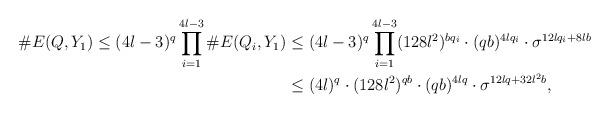
LaTeX: \begin{align*}\#E(Q,Y_1)\le (4l-3)^q\prod_{i=1}^{4l-3}\#E(Q_i, Y_1)&\le(4l-3)^q\prod_{i=1}^{4l-3}(128l^2)^{bq_i}\cdot (qb)^{4lq_i}\cdot\sigma^{12lq_i+8lb}\\&\le (4l)^q\cdot (128l^2)^{qb}\cdot (qb)^{4lq}\cdot\sigma^{12lq+32l^2b},\end{align*}